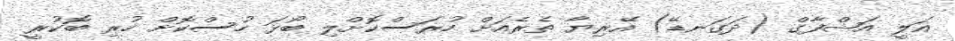
އަލީ އަޝްފާގް (ދަގަނޑޭ) އޭރިޔާ ތެރެއަށް ހުރަސްކޮށްލި ބޯޅަ ހުސްކޮށް ހުރި ބޮކުރީ